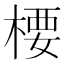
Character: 楆